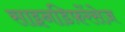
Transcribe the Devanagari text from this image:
साइनडिफ़रेंसेज़